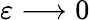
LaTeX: \varepsilon\longrightarrow 0